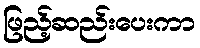
ဖြည့်ဆည်းပေးကာ